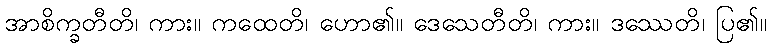
အာစိက္ခတီတိ၊ ကား။ ကထေတိ၊ ဟော၏။ ဒေသေတီတိ၊ ကား။ ဒဿေတိ၊ ပြ၏။